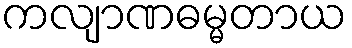
ကလျာဏဓမ္မတာယ